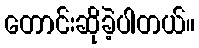
တောင်းဆိုခဲ့ပါတယ်။